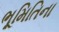
ભૂમિતિના